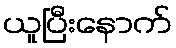
ယူပြီးနောက်